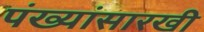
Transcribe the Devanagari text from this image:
पंख्यांसारखी